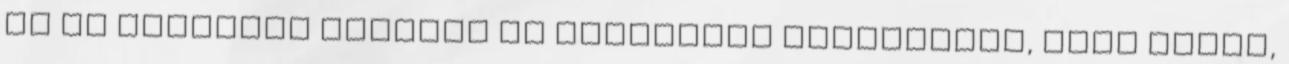
és az érzelmek valóban az agyunkból származnak, vagy lehet,